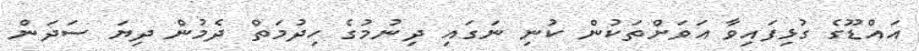
އައްޑޫގެ ގުޅިފައިވާ އަވަށްތަކުން ކުނި ނަގައި ދިނުމުގެ ހިދުމަތް ދެމުން ދިޔަ ސަދަން